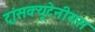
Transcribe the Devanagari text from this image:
ट्रांसक्यूटेनीयस